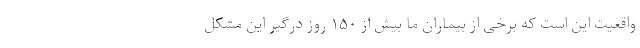
واقعیت این است که برخی از بیماران ما بیش از ۱۵۰ روز درگیر این مشکل